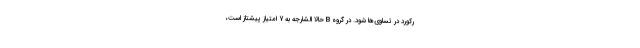
رکورد در تساوی‌ها شود. در گروه B حالا الشارجه به 7 امتیاز پیشتاز است،